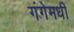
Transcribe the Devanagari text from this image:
गंगेमधी